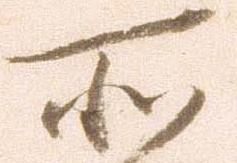
所